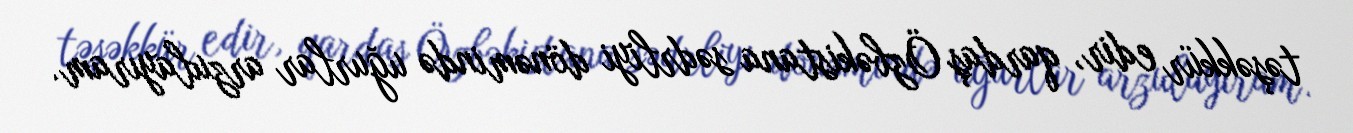
təşəkkür edir, qardaş Özbəkistana sədrliyi dönəmində uğurlar arzulayıram.